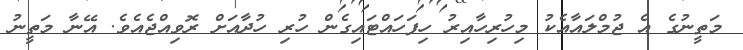
މަތީނުގެ އެ ޖުމްލައާއެކު މިހުރިހާއިރު ހިފަހައްޓައިގެން ހުރި ހުދާއަށް ރޮވިއްޖެއެވެ. އޭނާ މަތީނު